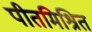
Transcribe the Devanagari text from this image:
पीतमिश्रित